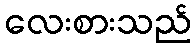
လေးစားသည်